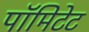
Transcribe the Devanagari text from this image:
पॉमिटेट